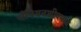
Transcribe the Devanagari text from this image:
चँपियनशीपमध्ये